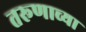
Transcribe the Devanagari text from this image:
तरूणाच्या